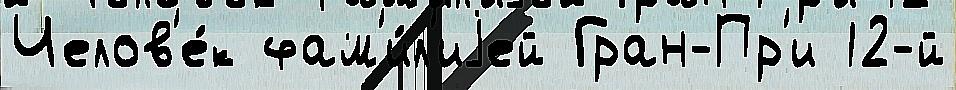
Челов'е́к фам'и́л'иjей Гран-Пр'и 12-й